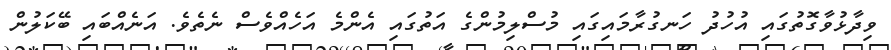
ވިދާޅުވާގޮތުގައި އުހުދު ހަނގުރާމައިގައި މުސްލިމުންގެ އަތުގައި އެންމެ އަހެއްވެސް ނެތެވެ. އަނެއްބައި ބޭކަލުން